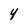
Character: 4